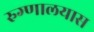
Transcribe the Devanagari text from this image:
रुग्णालयास